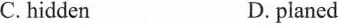
C.hiddenD. planed